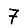
Digit: 7